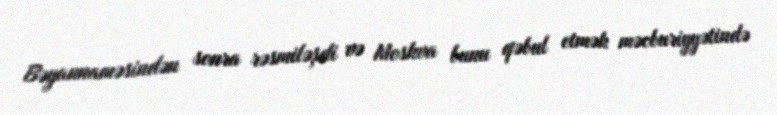
Bəyannaməsindən sonra rəsmiləşdi və Moskva bunu qəbul etmək məcburiyyətində